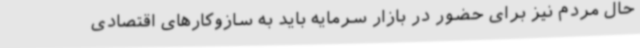
حال مردم نیز برای حضور در بازار سرمایه باید به سازوکارهای اقتصادی